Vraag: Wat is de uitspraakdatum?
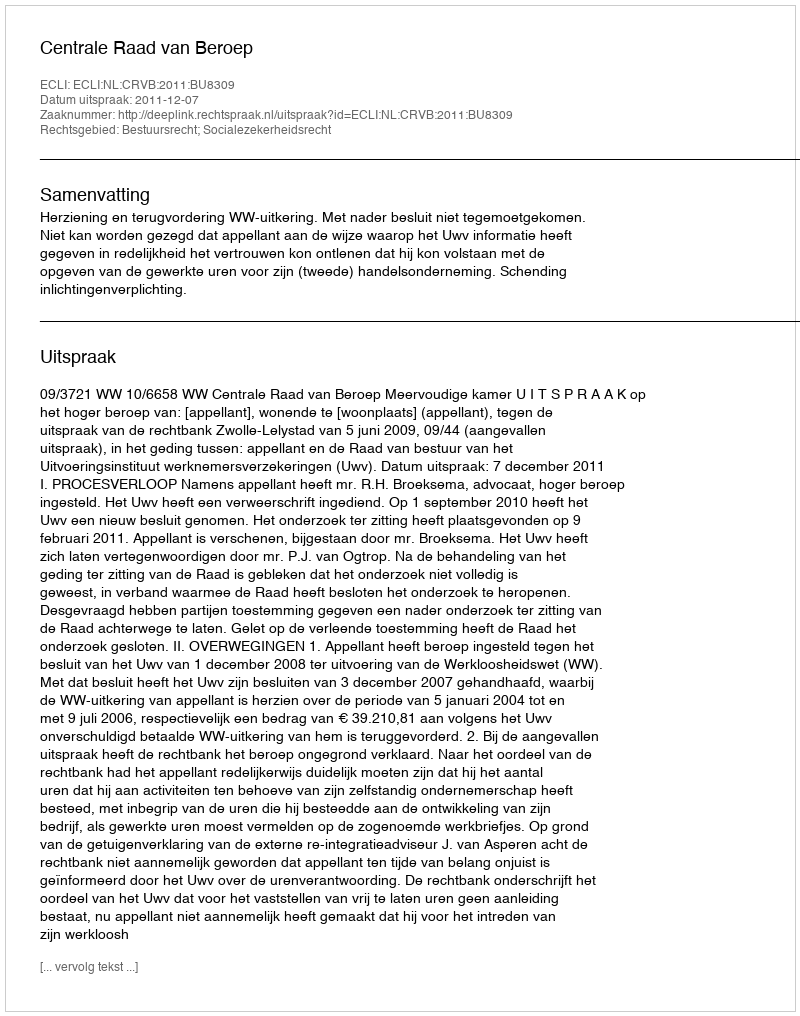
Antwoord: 2011-12-07